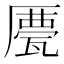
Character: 𠪹